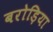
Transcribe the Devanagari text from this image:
बरोड़िया